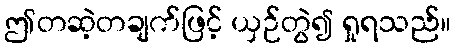
ဤတဆဲ့တချက်ဖြင့် ယှဉ်တွဲ၍ ရှုရသည်။